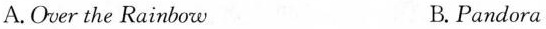
A.Over the Rainbow B.Pandora